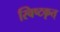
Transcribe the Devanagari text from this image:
स्विष्टकृत्